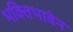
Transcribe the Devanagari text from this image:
भक्तिभावेन